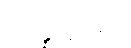
ဥပ္ပန္န ၄-မျိုး။